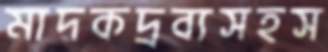
মাদকদ্রব্যসহস